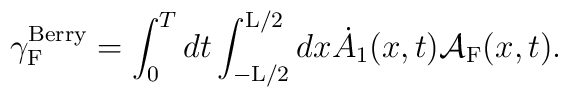
{\gamma}_{\rm F}^{\rm Berry} = \int_{0}^{T} dt \int_{-{\rm L}/2}^{{\rm L}/2} dx \dot{A}_1(x,t) {\cal A}_{\rm F}(x,t).